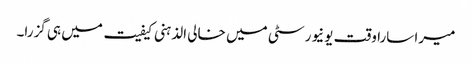
میرا سارا وقت یونیورسٹی میں خالی الذہنی کیفیت میں ہی گزرا۔